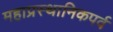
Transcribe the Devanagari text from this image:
महाप्रस्थानिकपर्व